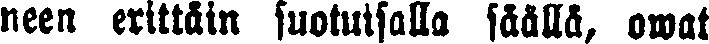
neen erittäin suotuisalla säällä, owat